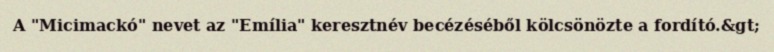
A "Micimackó" nevet az "Emília" keresztnév becézéséből kölcsönözte a fordító.&gt;